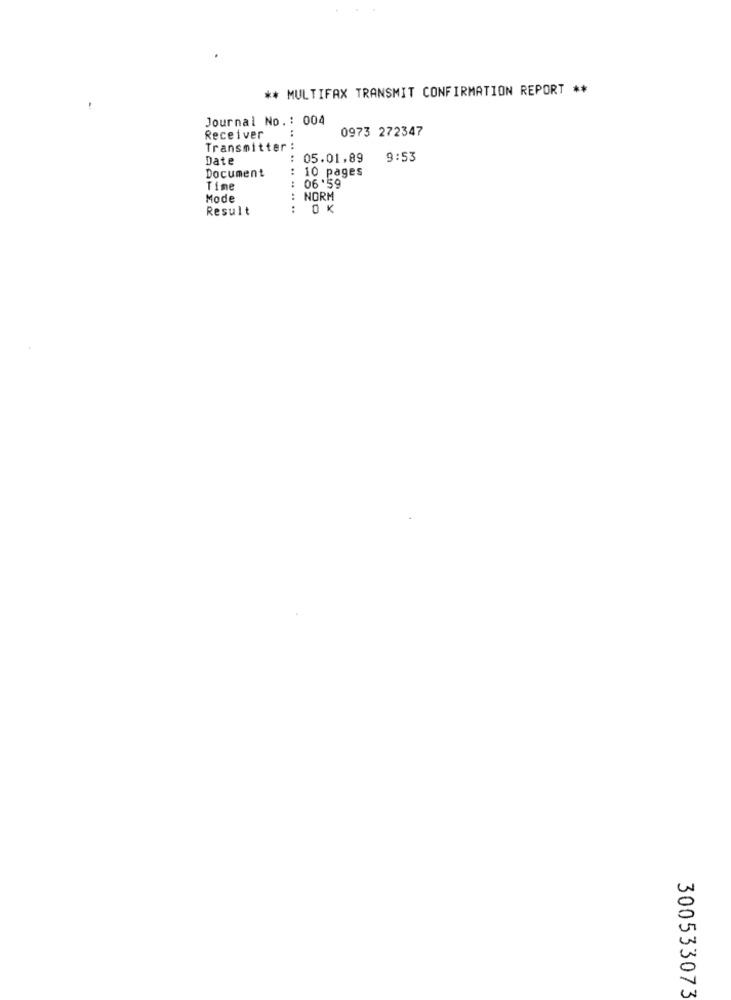
** MULTIFAX TRANSMIT CONFIRMATION REPORT **
Journal No .: 004
:
0973 272347
Receiver
Transmitter
Date
:
05.01,89
9:53
Document
: 10 pages
Time
06 '59
Mode
NORM
Result
0 K
300533073